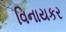
વિનાયકર